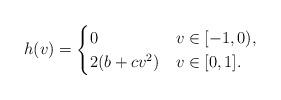
LaTeX: \begin{align*} h(v) = \begin{cases} 0 & v \in [-1,0), \\ 2(b+cv^{2}) & v \in [0,1]. \end{cases} \end{align*}